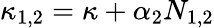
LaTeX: \kappa_{1,2}=\kappa+\alpha_{2}N_{1,2}